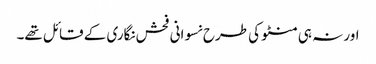
اور نہ ہی منٹو کی طرح نسوانی فحش نگاری کے قائل تھے۔